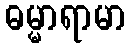
ဓမ္မာရာမာ